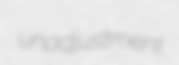
unadjustment